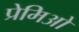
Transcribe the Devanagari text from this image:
प्रेमिओ